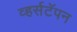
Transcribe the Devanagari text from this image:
व्हर्सटॅपन